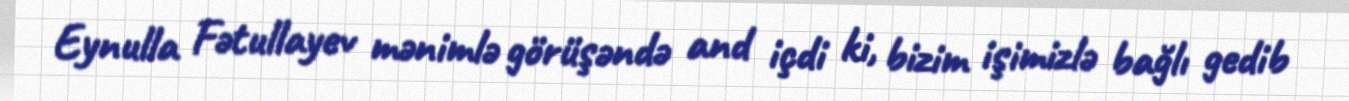
Eynulla Fətullayev mənimlə görüşəndə and içdi ki, bizim işimizlə bağlı gedib